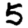
Digit: 5